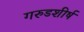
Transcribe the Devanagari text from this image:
गरुडशीर्ष